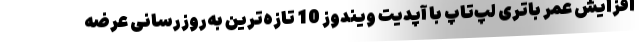
افزایش عمر باتری لپ‌تاپ با آپدیت ویندوز 10 تازه‌ترین به‌روزرسانی عرضه